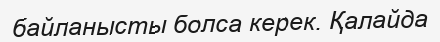
байланысты болса керек. Қалайда